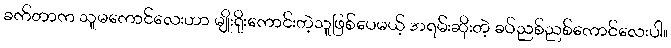
ခက်တာက သူမကောင်လေးဟာ မျိုးရိုးကောင်းတဲ့သူဖြစ်ပေမယ့် အရမ်းဆိုးတဲ့ ခပ်ညစ်ညစ်ကောင်လေးပါ။